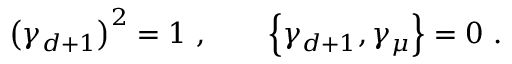
\left( \gamma _ { d + 1 } \right) ^ { 2 } = 1 \, \, , \qquad \left\{ \gamma _ { d + 1 } , \gamma _ { \mu } \right\} = 0 \, \, .